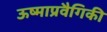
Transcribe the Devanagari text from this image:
ऊष्माप्रवैगिकी